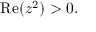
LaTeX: \operatorname { R e } ( z ^ { 2 } ) > 0 .